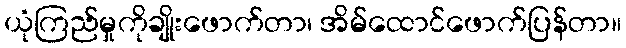
ယုံကြည်မှုကိုချိုးဖောက်တာ၊ အိမ်ထောင်ဖောက်ပြန်တာ။